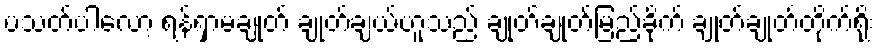
ပသတ်ပါလော့ ရန်ရှာမချုတ် ချုတ်ချယ်ဟူသည် ချုတ်ချုတ်မြည်ခိုက် ချုတ်ချုတ်တိုက်ရိုး